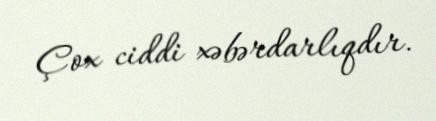
Çox ciddi xəbərdarlıqdır.